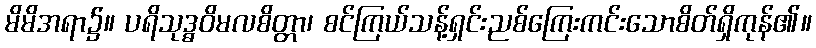
မိမိအရာ၌။ ပရိသုဒ္ဓဝိမလစိတ္တာ၊ စင်ကြယ်သန့်ရှင်းညစ်ကြေးကင်းသောစိတ်ရှိကုန်၏။